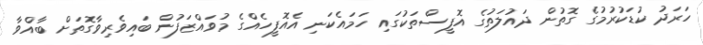
ހަރަދު ކުޑަކުރުމުގެ ގޮތުން ދައުލަތުގެ އޮފީސްތަކުގައި ހަމައެކަނި އެއޮފީހެއްގެ މުވައްޒަފުން ބައިވެރިވާގޮތަށް ބާއްވާ